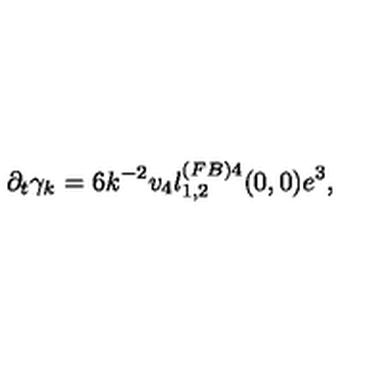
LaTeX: \partial _ { t } \gamma _ { k } = 6 k ^ { - 2 } v _ { 4 } l _ { 1 , 2 } ^ { ( F B ) 4 } ( 0 , 0 ) e ^ { 3 } ,